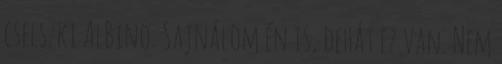
cselszki AlBino: Sajnálom én is, dehát ez van. Nem